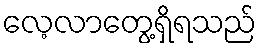
လေ့လာတွေ့ရှိရသည်